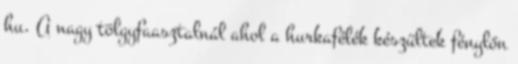
hu. A nagy tölgyfaasztalnál ahol a hurkafélék készültek fénylőn